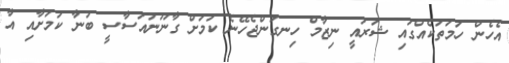
އެހެން ހަމަތަކެއްގައި ޝަރުއީ ނިޒާމް ހިނގަންޖެހޭނެ ކަމަށް ގާނޫނުއަސާސީ ބުނާ ކަމަށާއި އާ